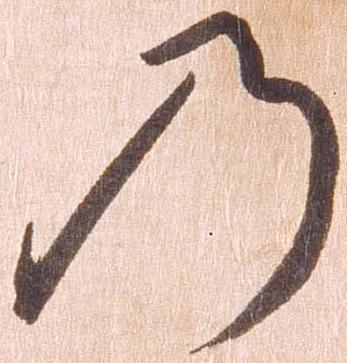
の